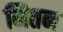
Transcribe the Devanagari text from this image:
मितन